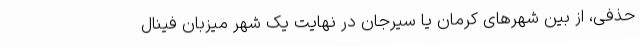
حذفی، از بین شهرهای کرمان یا سیرجان در نهایت یک شهر میزبان فینال